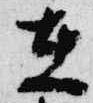
在